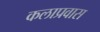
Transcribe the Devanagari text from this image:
कलाप्रवास